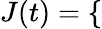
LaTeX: J(t)=\left\{ \begin{array}{rlr}\end{array}\right.